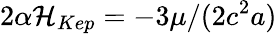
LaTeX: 2\alpha{\cal H}_{Kep}=-3\mu/(2c^{2}a)